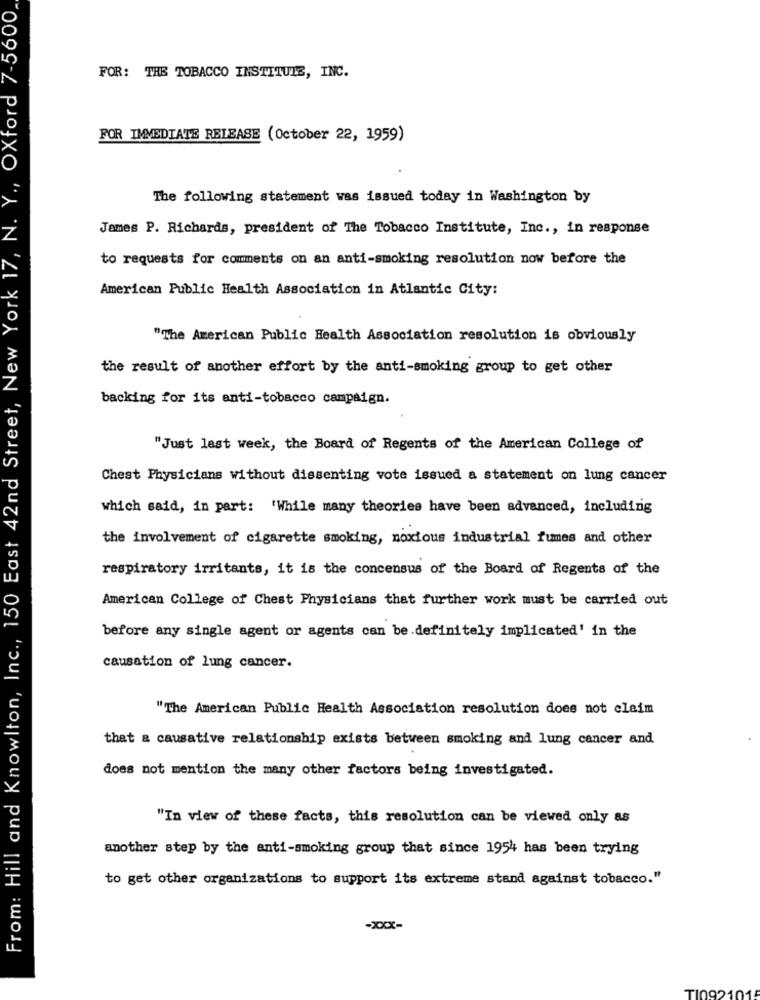
From: Hill and Knowlton, Inc ., 150 East 42nd Street, New York 17, N. Y ., Oxford 7-5600,
FOR: THE TOBACCO INSTITUTE, INC.
FOR IMMEDIATE RELEASE (October 22, 1959)
The following statement was issued today in Washington by
James P. Richards, president of The Tobacco Institute, Inc ., in response
to requests for comments on an anti-smoking resolution now before the
American Public Health Association in Atlantic City:
"The American Public Health Association resolution is obviously
the result of another effort by the anti-smoking group to get other
backing for its anti-tobacco campaign.
"Just last week, the Board of Regents of the American College of
Chest Physicians without dissenting vote issued a statement on lung cancer
which said, in part: 'While many theories have been advanced, including
the involvement of cigarette smoking, noxious industrial fumes and other
respiratory irritants, it is the concensus of the Board of Regents of the
American College of Chest Physicians that further work must be carried out
before any single agent or agents can be .definitely implicated' in the
causation of lung cancer.
"The American Public Health Association resolution does not claim
that a causative relationship exists between smoking and lung cancer and
does not mention the many other factors being investigated.
"In view of these facts, this resolution can be viewed only as
another step by the anti-smoking group that since 1954 has been trying
to get other organizations to support its extreme stand against tobacco."
-xxx-
TI092